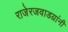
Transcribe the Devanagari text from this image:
राजेरजवाडय़ांनी